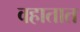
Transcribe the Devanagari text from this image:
वहातात